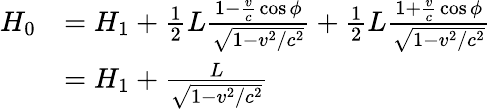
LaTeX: {\begin{array}{rl}{H_{0}}&{=H_{1}+{\frac{1}{2}}L{\frac{1-{\frac{v}{c}}\cos{\phi}}{\sqrt{1-v^{2}/c^{2}}}}+{\frac{1}{2}}L{\frac{1+{\frac{v}{c}}\cos{\phi}}{\sqrt{1-v^{2}/c^{2}}}}}\\ &{=H_{1}+{\frac{L}{\sqrt{1-v^{2}/c^{2}}}}}\end{array}}